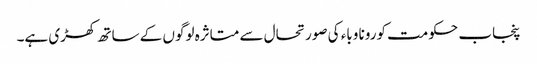
پنجاب حکومت کورونا وباء کی صورتحال سے متاثرہ لوگوں کے ساتھ کھڑی ہے۔